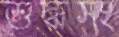
শুদ্ধসং